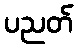
ပညတ်